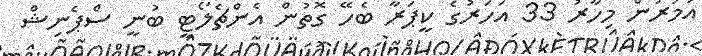
އުމުރުން މިހާރު 33 އަހަރުގެ ކީޕަރާ ބެހޭ ގޮތުން އެންޗެލޯޓީ ބުނީ ސްޕެނިޝް